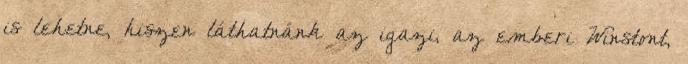
is lehetne, hiszen láthatnánk az igazi, az emberi Winstont,